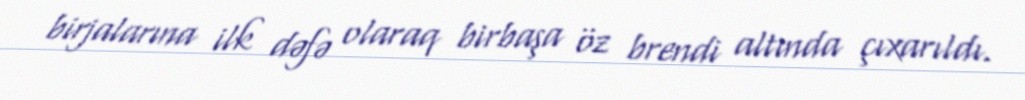
birjalarına ilk dəfə olaraq birbaşa öz brendi altında çıxarıldı.